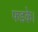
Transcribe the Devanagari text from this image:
फडके।